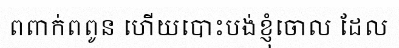
ពពាក់ពពូន ហើយបោះបង់ខ្ញុំចោល ដែល